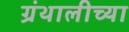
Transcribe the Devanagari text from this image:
ग्रंथालीच्‍या